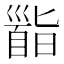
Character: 𩠜